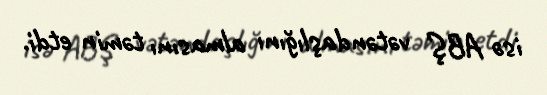
isə ABŞ vətəndaşlığını almasını təmin etdi.